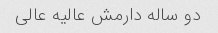
دو ساله دارمش عالیه عالی